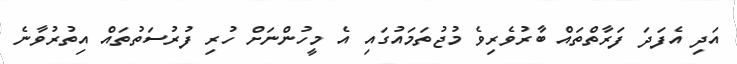
އަދި އެފަދަ ފަރާތްތައް ބާރުވެރިވެ މުޖުތަމައުގައި އެ މީހުންނަށް ހުރި ފުރުސަތުތައް އިތުރުވާނެ